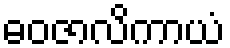
ဓဝဇာလိကာယံ